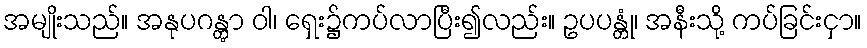
အမျိုးသည်။ အနုပဂန္တွာ ဝါ၊ ရှေး၌ကပ်လာပြီး၍လည်း။ ဥပပန္တုံ၊ အနီးသို့ ကပ်ခြင်းငှာ။